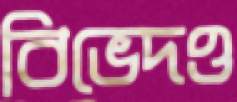
বিভেদও